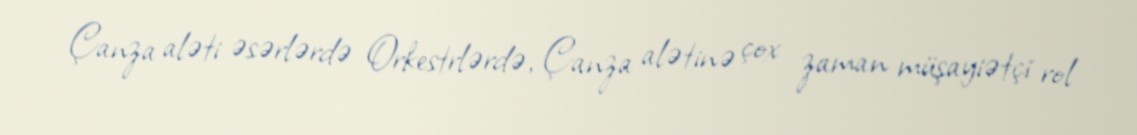
Çanza aləti əsərlərdə Orkestrlərdə, Çanza alətinə çox zaman müşayiətçi rol